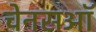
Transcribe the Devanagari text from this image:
चेनसऑ